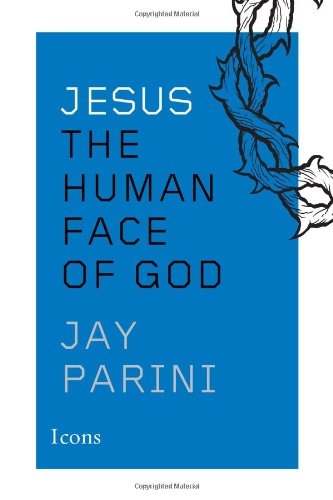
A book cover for Jesus: The Human Face of God (Icons); Jay Parini; Christian Books & Bibles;